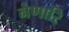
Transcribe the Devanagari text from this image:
नेणारि